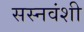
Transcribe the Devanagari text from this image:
सस्नवंशी